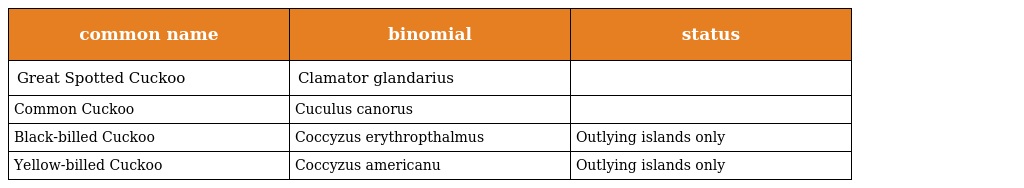
| common name | binomial | status |
 | --- | --- | --- |
 | Great Spotted Cuckoo | Clamator glandarius |  |
 | Common Cuckoo | Cuculus canorus |  |
 | Black-billed Cuckoo | Coccyzus erythropthalmus | Outlying islands only |
 | Yellow-billed Cuckoo | Coccyzus americanu | Outlying islands only |